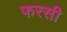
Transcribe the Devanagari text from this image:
फरसी